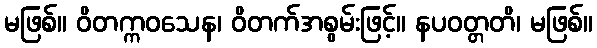
မဖြစ်။ ဝိတက္ကဝသေန၊ ဝိတက်အစွမ်းဖြင့်။ နပဝတ္တတိ၊ မဖြစ်။